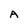
Character: A